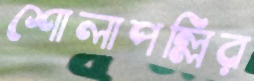
শোলাপল্লির